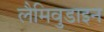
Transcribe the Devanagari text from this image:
लैमिवुडाइन